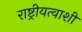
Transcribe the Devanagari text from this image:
राष्ट्रीयत्वाशी